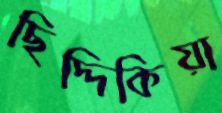
ছিদ্দিকিয়া